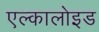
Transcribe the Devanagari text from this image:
एल्कालोइड